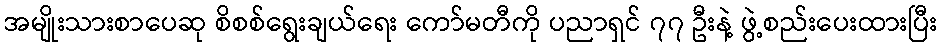
အမျိုးသားစာပေဆု စိစစ်ရွေးချယ်ရေး ကော်မတီကို ပညာရှင် ၇၇ ဦးနဲ့ ဖွဲ့စည်းပေးထားပြီး